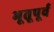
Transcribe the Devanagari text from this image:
भूतूपूर्व